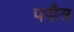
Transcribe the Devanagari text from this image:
पपौत्र